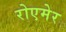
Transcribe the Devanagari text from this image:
रोएमेर